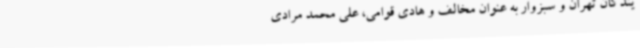
یندگان تهران و سبزوار به عنوان مخالف و هادی قوامی، علی محمد مرادی